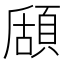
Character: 𩓃